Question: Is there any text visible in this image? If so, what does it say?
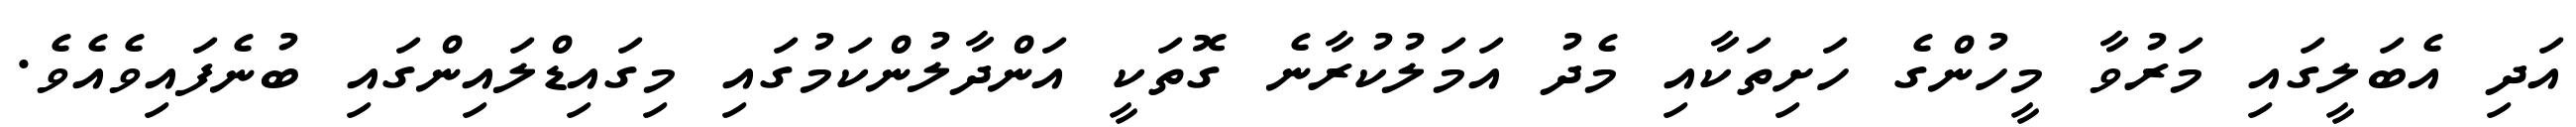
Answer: އަދި އެބަލީގައި މަރުވާ މީހުންގެ ހަށިތަކާއި މެދު އަމަލުކުރާނެ ގޮތަކީ އަންދާލުންކަމުގައި މިގައިޑްލައިންގައި ބުނެފައިވެއެވެ.